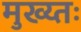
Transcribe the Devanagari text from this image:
मुख्य्तः